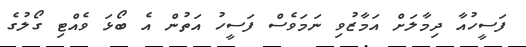
ފަސީހުއާ ދިމާލަށް އަމާޒުވި ނަމަވެސް ފަސީހު އަތުން އެ ބޯޅަ ވެއްޓި ގޯލުގެ